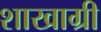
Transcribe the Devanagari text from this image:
शाखाग्री